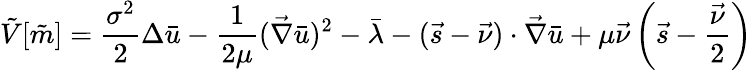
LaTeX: \tilde{V}[\tilde{m}]=\frac{\sigma^{2}}{2}\Delta{\bar{u}}-\frac{1}{2\mu}(\vec{\nabla}\bar{u})^{2}-\bar{\lambda}-(\vec{s}-\vec{\nu})\cdot\vec{\nabla}\bar{u}+\mu\vec{\nu}\left(\vec{s}-\frac{\vec{\nu}}{2}\right)